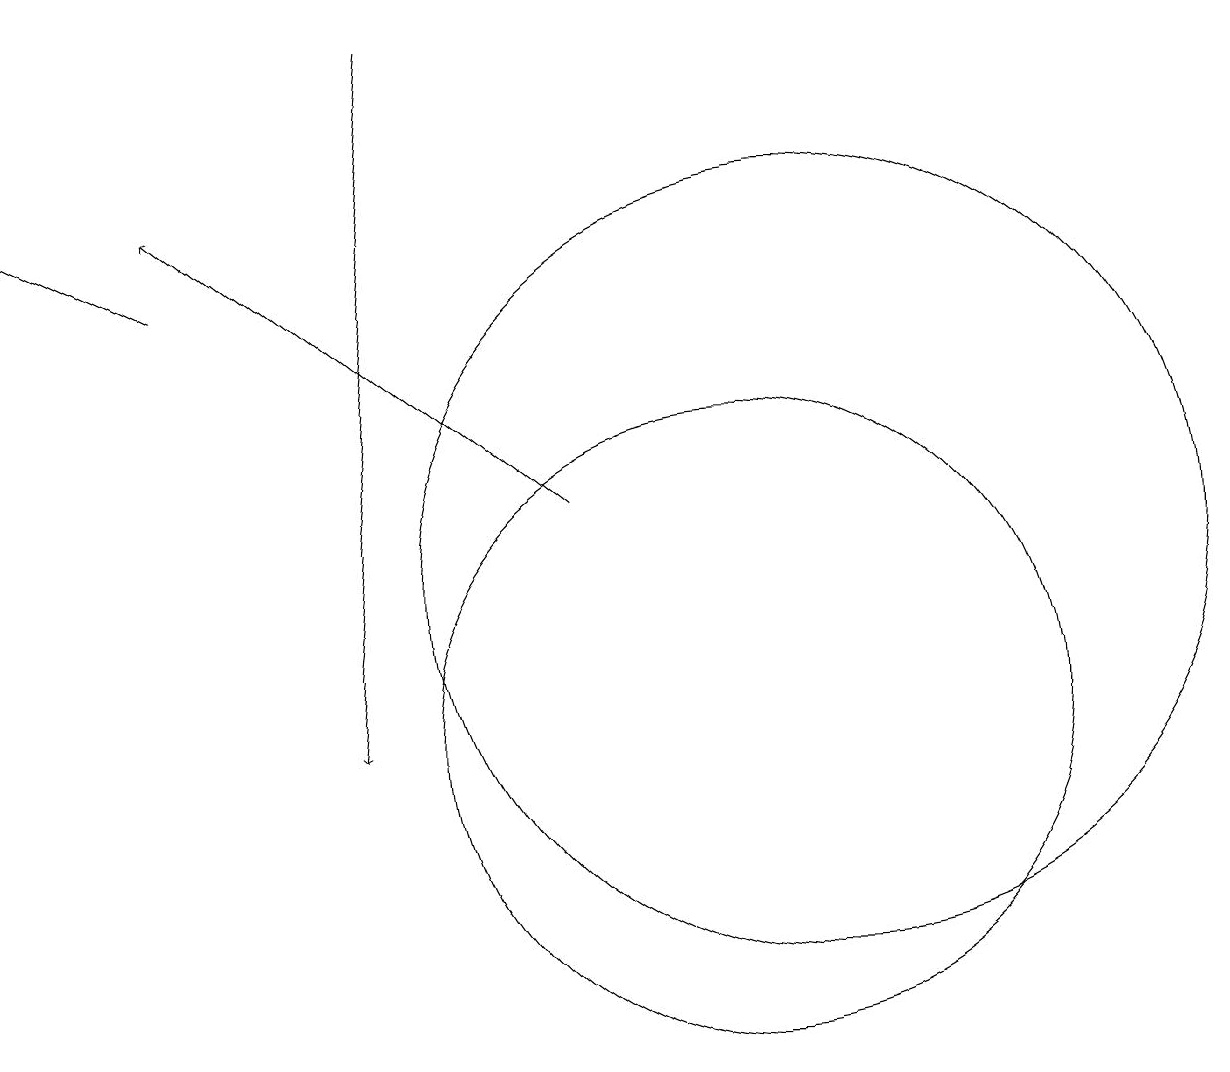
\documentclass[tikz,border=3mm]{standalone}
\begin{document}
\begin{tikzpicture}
\draw (10,10) circle (4);
\draw[->] (6,19) -- (5,10);
\draw (11,12) circle (5);
\draw[->] (3,16) -- (1,17);
\draw[->] (8,13) -- (3,17);
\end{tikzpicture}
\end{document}